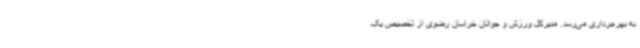
به بهره‌برداری می‌رسد. مدیرکل ورزش و جوانان خراسان رضوی از تخصیص یک